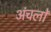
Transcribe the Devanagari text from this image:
अंचलोँ